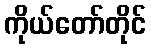
ကိုယ်တော်တိုင်